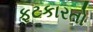
ફટકારતો